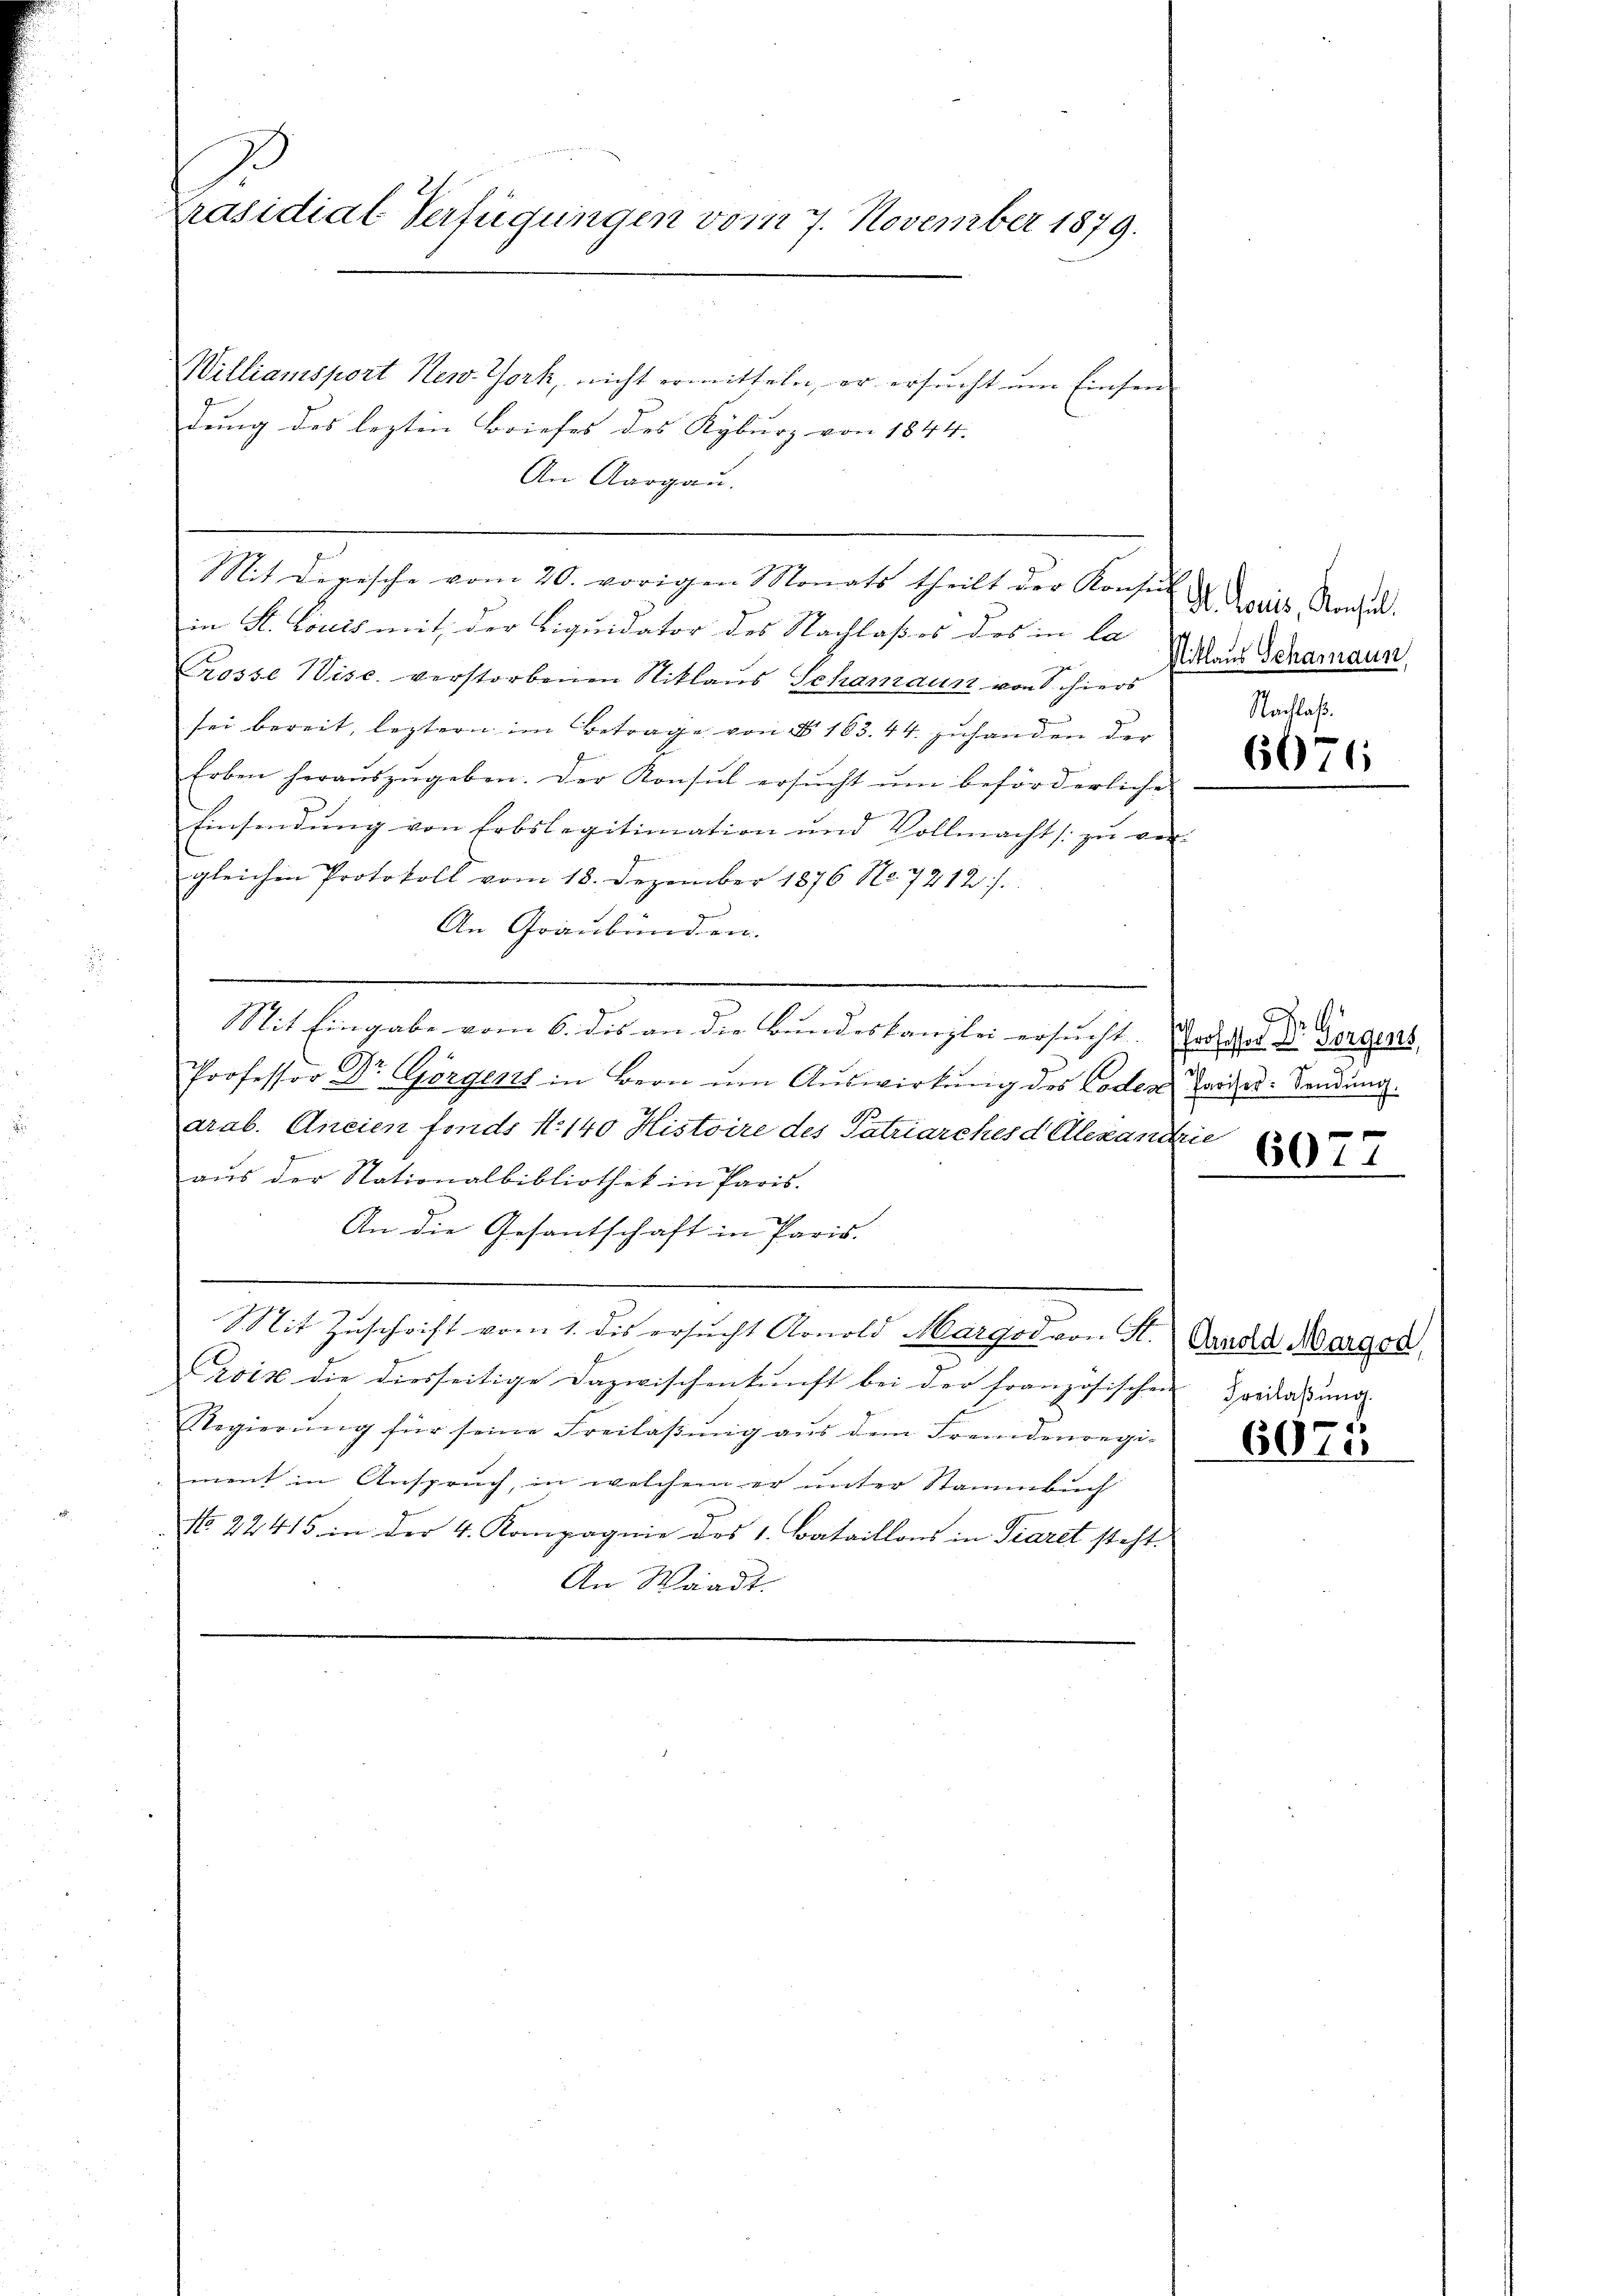
Präsidial-Verfügungen vom 7. November 1879.

Williansport New-York, nicht ermitteln, er ersucht um Einsen
dung des lezten Briefes des Kyburg von 1844. |
An Aargau.
Mit Dirische vom 20. vorigen Monats theilt der Konsin
in St. Louis mit der Liquidator des Nachlaß es des in la
Grosse Wisc. verstorbenen Niklaus Schamaun von Schiers
sei bereit, leztern im Betrage von § 163. 44. zuhanden der
Erben heraŭszŭgeben. Der Konsul ersŭcht ŭm beförderliche
Einsendung von Erbslegitimation und Vollmacht zu ver-
gleichen Protokoll vom 18. Dezember 1876 No. 7212/
An Graubünden.
e
Mit Eingabe vom 6. des an die Bundeskanzlei ersucht. Grosche der Vorgens
Professor Dr Görgens in Bern ŭm Aŭswirkŭng des Coden Tries-Sendung.
arab. Ancien fonds N. 140 Histoire des Patriarches d Olexandrie
aus der Stationalbibliothek in Paris.
An die Gesantschaft in Paris.
Mit Zuschrift vom 1. des ersŭcht Arnold Margod von H. Vanda Margor
Croix die diesseitige Dazwischenkunft bei der französischen Frida und
Regierŭng für seine Freilaβŭng aŭs dem Fremdenregi-
ment in Anspruch, in welchem er unter Stammbuch
N 22415 in der 4. Kompagnie des 1. Bataillons in Piaret steht.
An Waadt.

d. Louis, Konsul
Niklaus Schamann

Nachlaß.
6076

607

6975